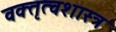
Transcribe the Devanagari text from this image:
वक्‍तृत्वशास्त्र